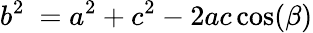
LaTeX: b^{2}\ =a^{2}+c^{2}-2ac\cos(\beta)